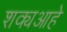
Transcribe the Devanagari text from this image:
शक्यआहे